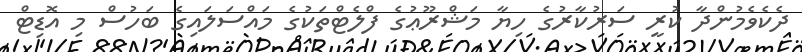
ދެކެވެމުންދާ ކުރީ ސަރުކާރުގެ ހިޔާ މަޝްރޫޢުގެ ފްލެޓްތަކުގެ މައްސަލައިގެ ބަހުސް މި އޮޑިޓް